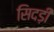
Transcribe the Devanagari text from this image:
सिदड़ी